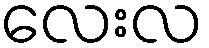
လေးလ